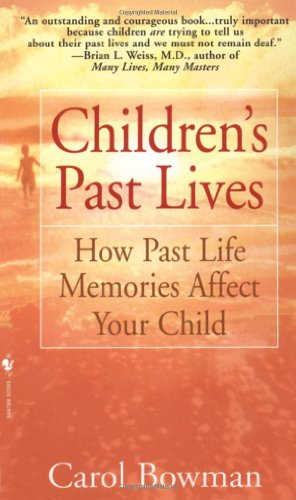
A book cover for Children's Past Lives: How Past Life Memories Affect Your Child; Carol Bowman; Religion & Spirituality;